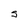
Character: S